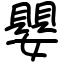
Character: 嬰